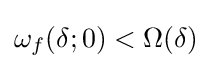
\omega _{f}(\delta ;0)<\Omega (\delta )